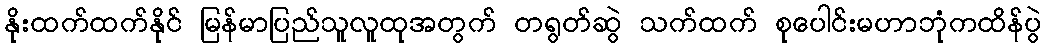
နိုးထက်ထက်နိုင် မြန်မာပြည်သူလူထုအတွက် တရွတ်ဆွဲ သက်ထက် စုပေါင်းမဟာဘုံကထိန်ပွဲ